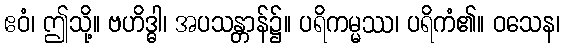
ဧဝံ၊ ဤသို့။ ဗဟိဒ္ဓါ၊ အပသန္တာန်၌။ ပရိကမ္မဿ၊ ပရိကံ၏။ ဝသေန၊